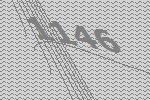
1146